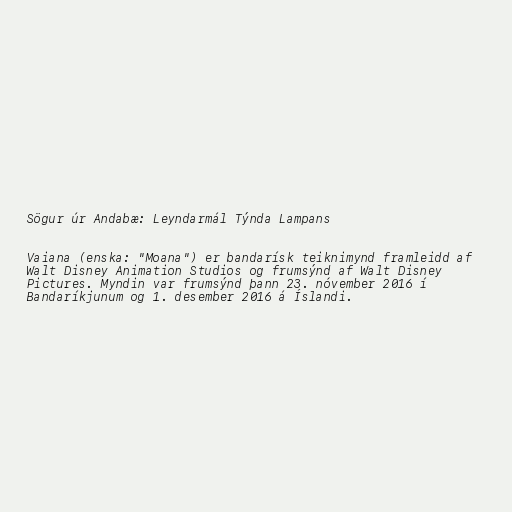
Sögur úr Andabæ: Leyndarmál Týnda Lampans

Vaiana (enska: "Moana") er bandarísk teiknimynd framleidd af
Walt Disney Animation Studios og frumsýnd af Walt Disney
Pictures. Myndin var frumsýnd þann 23. nóvember 2016 í
Bandaríkjunum og 1. desember 2016 á Íslandi.